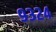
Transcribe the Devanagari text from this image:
९३२४